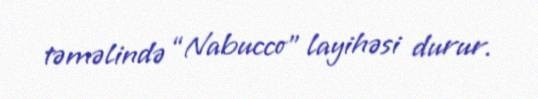
təməlində “Nabucco” layihəsi durur.